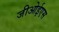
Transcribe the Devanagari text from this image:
जीओईएस